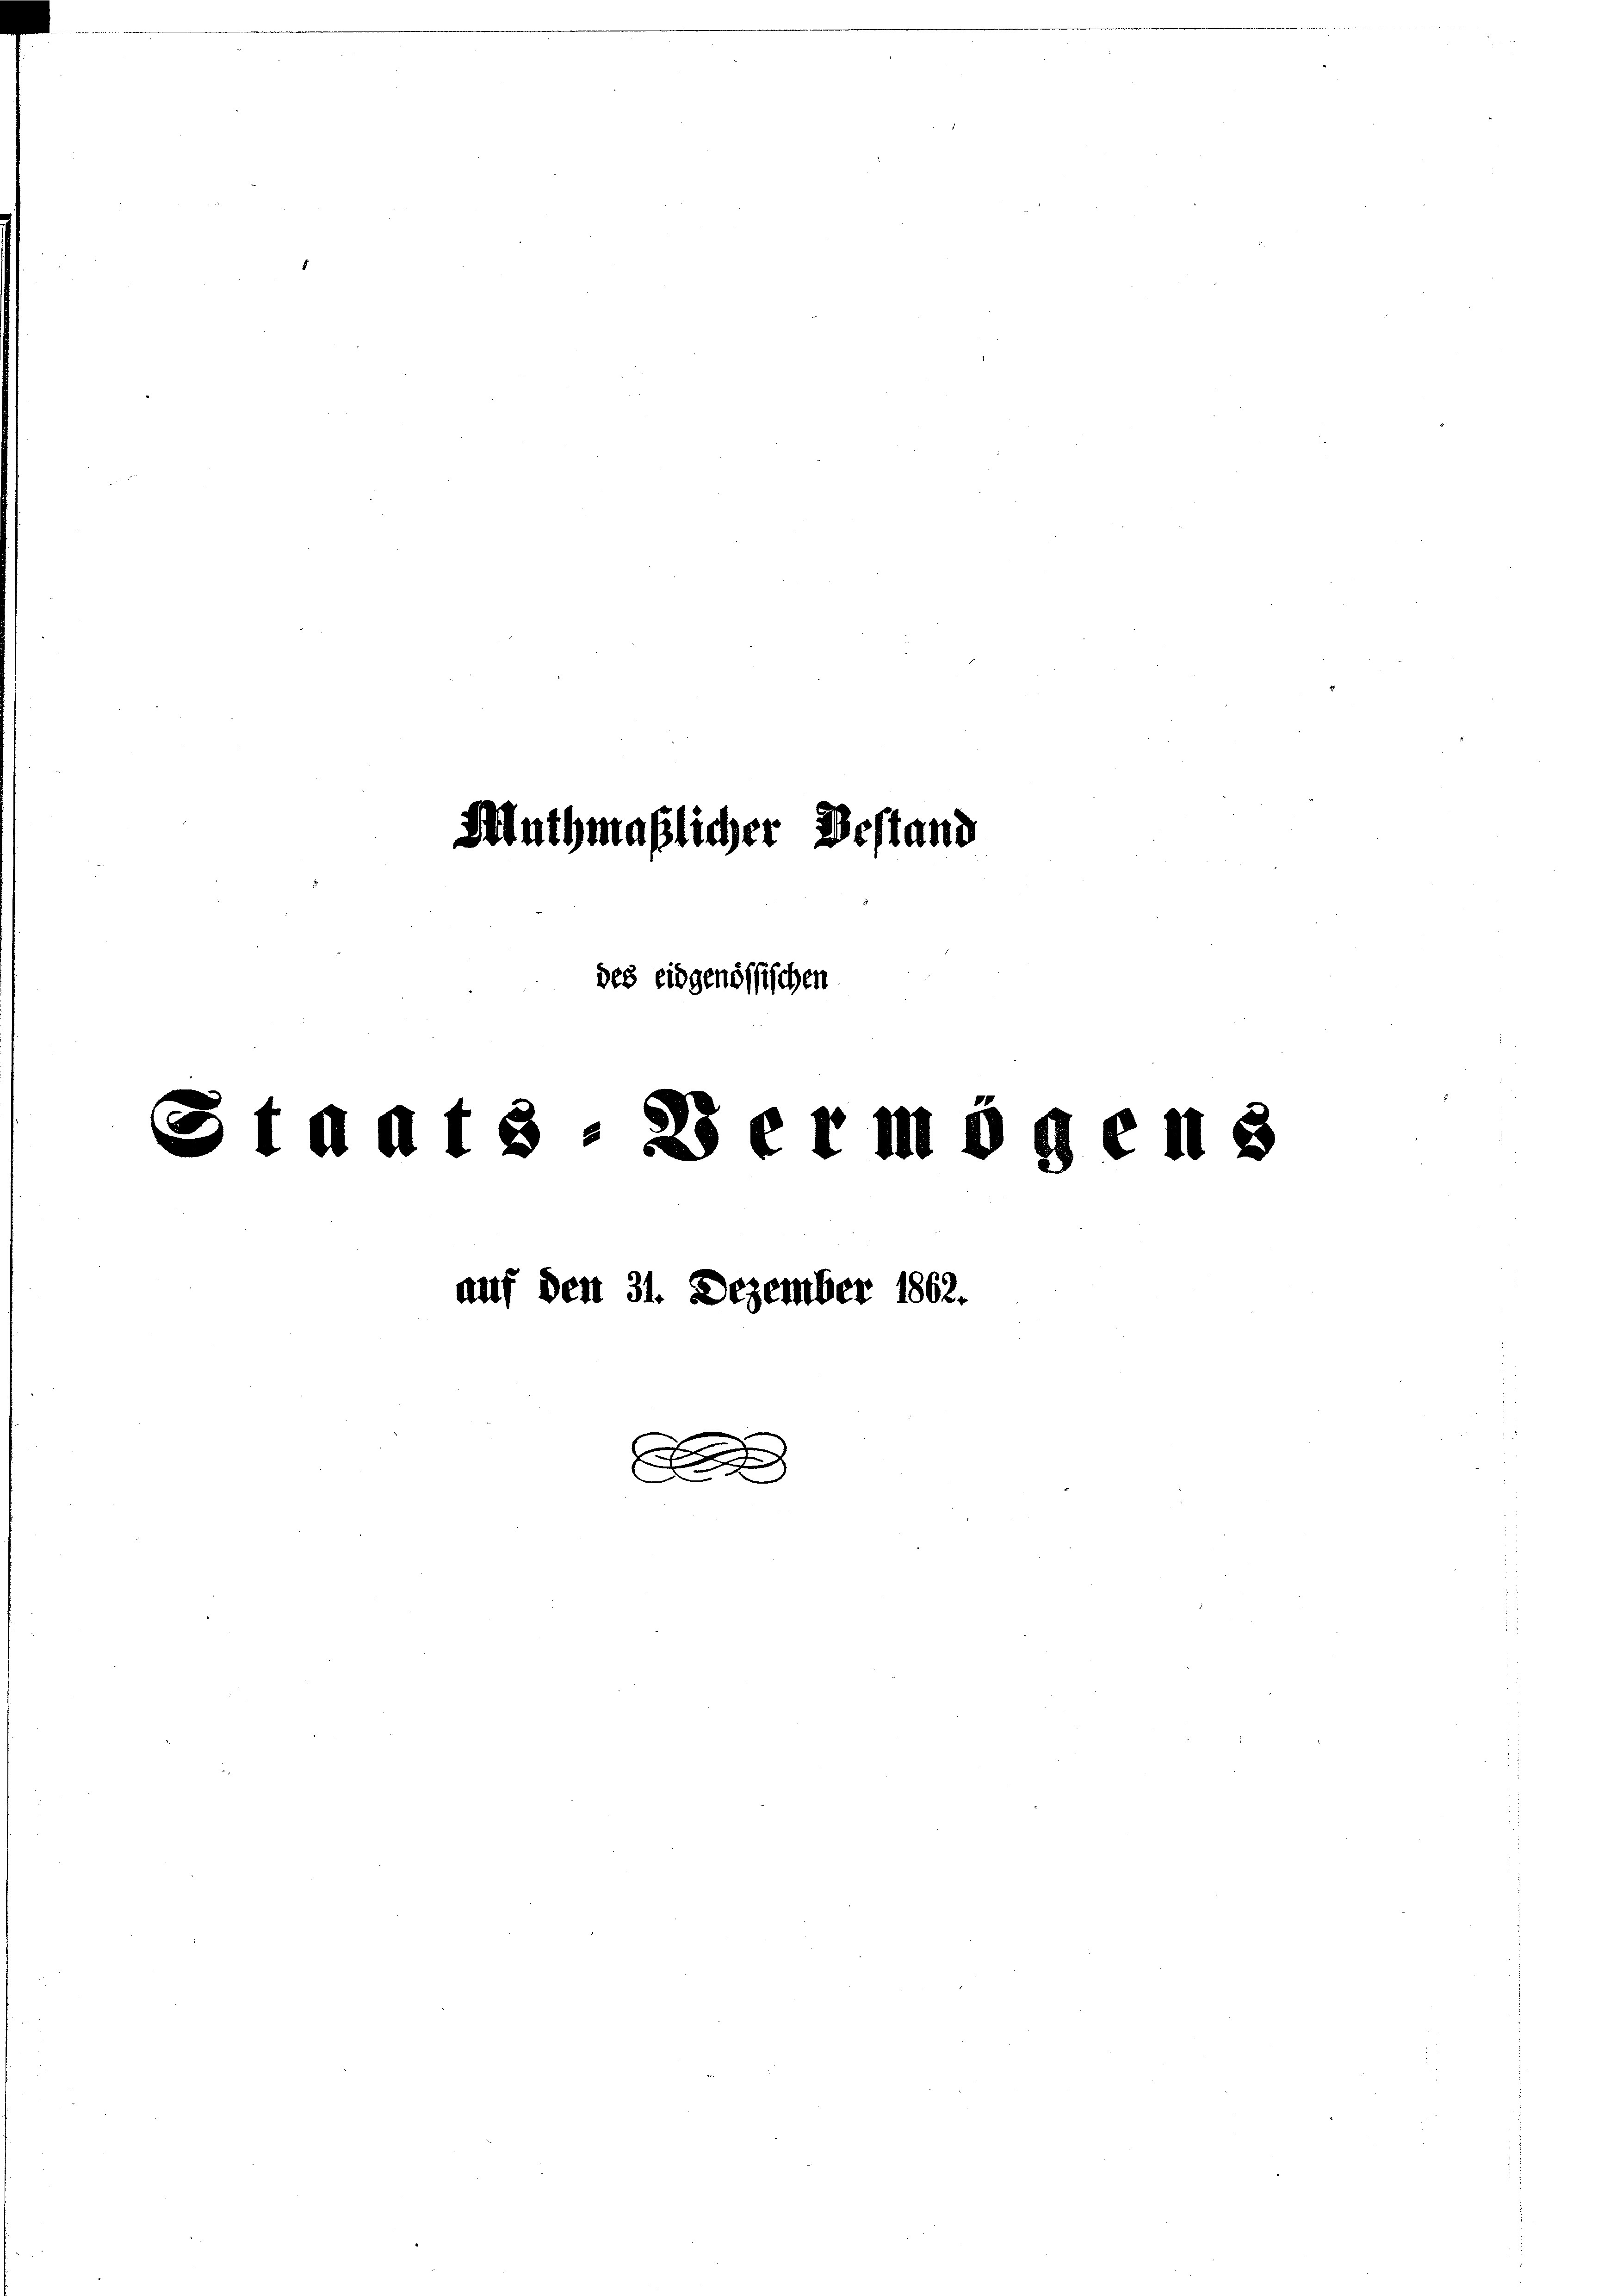
Fluthmaßlicher Bestand
des eidgenössischen
Stadts. Vermögens
auf den 31. Dezember 1862.

.

x